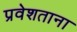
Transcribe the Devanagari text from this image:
प्रवेशताना